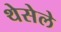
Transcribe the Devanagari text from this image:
थेसेले